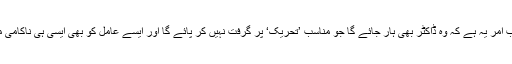
غور طلب امر یہ ہے کہ وہ ڈاکٹر بھی ہار جائے گا جو مناسب ’تحریک‘ پر گرفت نہیں کر پائے گا اور ایسے عامل کو بھی ایسی ہی ناکامی ملے گی۔